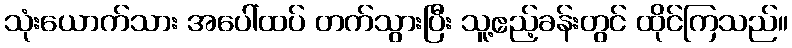
သုံးယောက်သား အပေါ်ထပ် တက်သွားပြီး သူ့ဧည့်ခန်းတွင် ထိုင်ကြသည်။